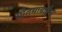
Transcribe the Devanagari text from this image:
गौतमाबाईंना